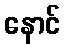
နောင်